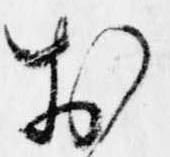
於